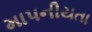
માપનીયતા